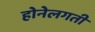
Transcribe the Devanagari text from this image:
होनेलगती